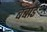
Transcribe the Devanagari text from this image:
बंबार्ड